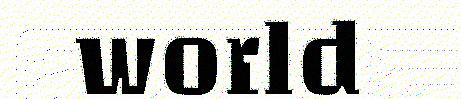
world